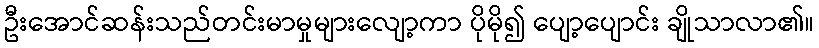
ဦးအောင်ဆန်းသည်တင်းမာမှုများလျော့ကာ ပိုမို၍ ပျော့ပျောင်း ချိုသာလာ၏။